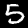
Label: 5